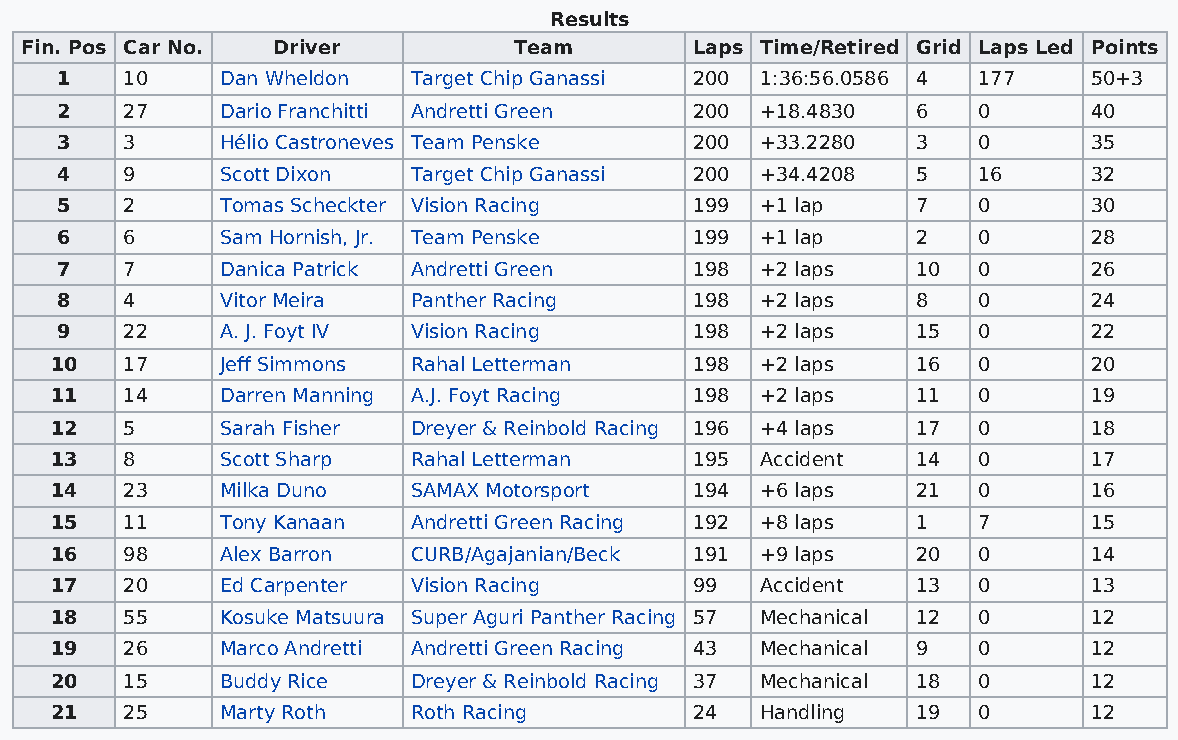
Results
 Fin. Pos Car No. Driver          Team        Laps Time/Retired Grid Laps Led Points
 1   10     Dan Wheldon Target Chip Ganassi 200 1:36:56.0586 4 177   50+3
 2   27     Dario Franchitti Andretti Green 200 +18.4830  6   0      40
 3   3      Hélio Castroneves Team Penske  200 +33.2280   3   0      35
 4   9      Scott Dixon Target Chip Ganassi 200 +34.4208  5   16     32
 5   2      Tomas Scheckter Vision Racing  199 +1 lap     7   0      30
 6   6      Sam Hornish, Jr. Team Penske   199 +1 lap     2   0      28
 7   7      Danica Patrick Andretti Green  198 +2 laps    10  0      26
 8   4      Vitor Meira Panther Racing     198 +2 laps    8   0      24
 9   22     A. J. Foyt IV Vision Racing    198 +2 laps    15  0      22
 10   17     Jeff Simmons Rahal Letterman   198 +2 laps    16  0      20
 11   14     Darren Manning A.J. Foyt Racing 198 +2 laps   11  0      19
 12   5      Sarah Fisher Dreyer & Reinbold Racing 196 +4 laps 17 0   18
 13   8      Scott Sharp Rahal Letterman    195 Accident   14  0      17
 14   23     Milka Duno  SAMAX Motorsport   194 +6 laps    21  0      16
 15   11     Tony Kanaan Andretti Green Racing 192 +8 laps 1   7      15
 16   98     Alex Barron CURB/Agajanian/Beck 191 +9 laps   20  0      14
 17   20     Ed Carpenter Vision Racing     99  Accident   13  0      13
 18   55     Kosuke Matsuura Super Aguri Panther Racing 57 Mechanical 12 0 12
 19   26     Marco Andretti Andretti Green Racing 43 Mechanical 9 0   12
 20   15     Buddy Rice  Dreyer & Reinbold Racing 37 Mechanical 18 0  12
 21   25     Marty Roth  Roth Racing        24  Handling   19  0      12